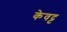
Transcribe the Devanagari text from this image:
केवट्ट